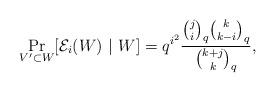
LaTeX: \begin{align*}\Pr_{V' \subset W}[\mathcal{E}_i(W)~|~W] = q^{i^2}\frac{{j \choose i}_q{k \choose k-i}_q}{{k+j \choose k}_q},\end{align*}